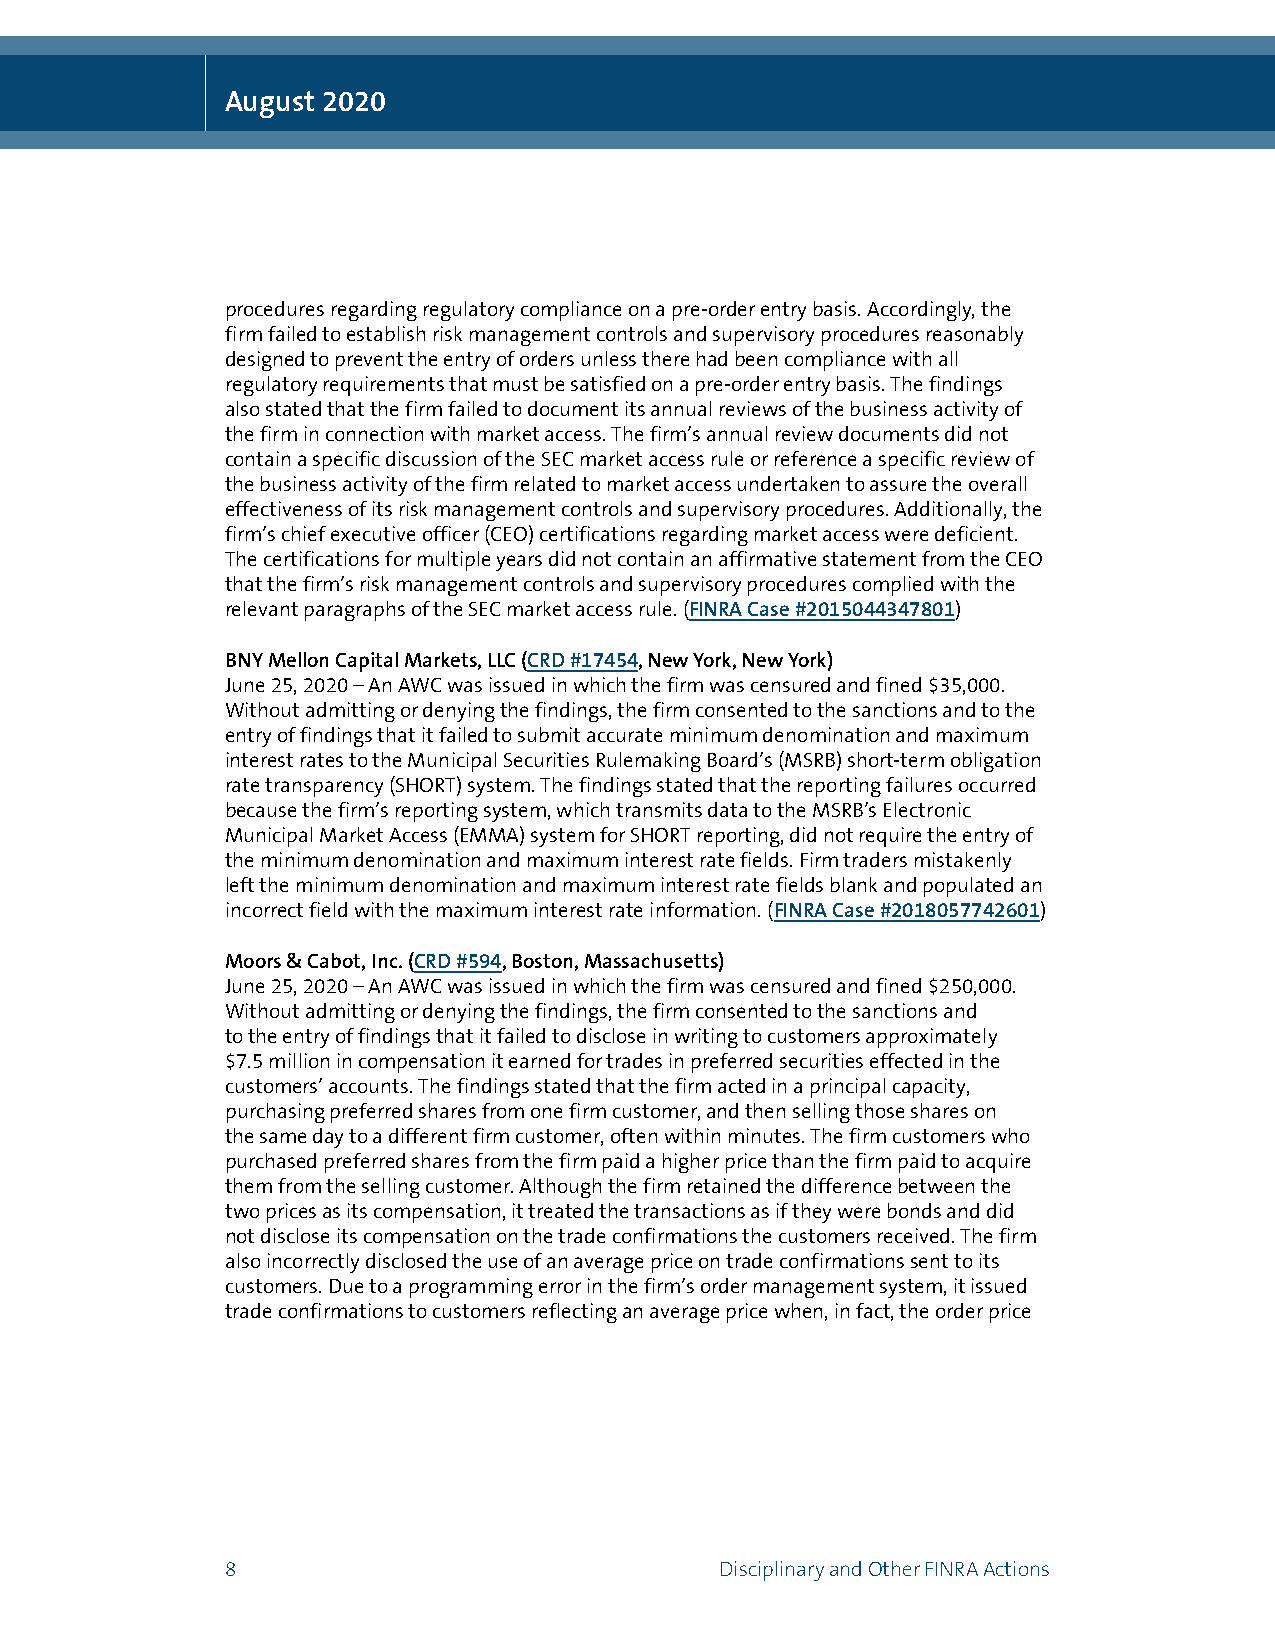
August 2020
 procedures regarding regulatory compliance on a pre-order entry basis. Accordingly, the
 firm failed to establish risk management controls and supervisory procedures reasonably
 designed to prevent the entry of orders unless there had been compliance with all
 regulatory requirements that must be satisfied on a pre-order entry basis. The findings
 also stated that the firm failed to document its annual reviews of the business activity of
 the firm in connection with market access. The firm’s annual review documents did not
 contain a specific discussion of the SEC market access rule or reference a specific review of
 the business activity of the firm related to market access undertaken to assure the overall
 effectiveness of its risk management controls and supervisory procedures. Additionally, the
 firm’s chief executive officer (CEO) certifications regarding market access were deficient.
 The certifications for multiple years did not contain an affirmative statement from the CEO
 that the firm’s risk management controls and supervisory procedures complied with the
 relevant paragraphs of the SEC market access rule. (FINRA Case #2015044347801)
 BNY Mellon Capital Markets, LLC (CRD #17454, New York, New York)
 June 25, 2020 – An AWC was issued in which the firm was censured and fined $35,000.
 Without admitting or denying the findings, the firm consented to the sanctions and to the
 entry of findings that it failed to submit accurate minimum denomination and maximum
 interest rates to the Municipal Securities Rulemaking Board’s (MSRB) short-term obligation
 rate transparency (SHORT) system. The findings stated that the reporting failures occurred
 because the firm’s reporting system, which transmits data to the MSRB’s Electronic
 Municipal Market Access (EMMA) system for SHORT reporting, did not require the entry of
 the minimum denomination and maximum interest rate fields. Firm traders mistakenly
 left the minimum denomination and maximum interest rate fields blank and populated an
 incorrect field with the maximum interest rate information. (FINRA Case #2018057742601)
 Moors & Cabot, Inc. (CRD #594, Boston, Massachusetts)
 June 25, 2020 – An AWC was issued in which the firm was censured and fined $250,000.
 Without admitting or denying the findings, the firm consented to the sanctions and
 to the entry of findings that it failed to disclose in writing to customers approximately
 $7.5 million in compensation it earned for trades in preferred securities effected in the
 customers’ accounts. The findings stated that the firm acted in a principal capacity,
 purchasing preferred shares from one firm customer, and then selling those shares on
 the same day to a different firm customer, often within minutes. The firm customers who
 purchased preferred shares from the firm paid a higher price than the firm paid to acquire
 them from the selling customer. Although the firm retained the difference between the
 two prices as its compensation, it treated the transactions as if they were bonds and did
 not disclose its compensation on the trade confirmations the customers received. The firm
 also incorrectly disclosed the use of an average price on trade confirmations sent to its
 customers. Due to a programming error in the firm’s order management system, it issued
 trade confirmations to customers reflecting an average price when, in fact, the order price
 8                                Disciplinary and Other FINRA Actions